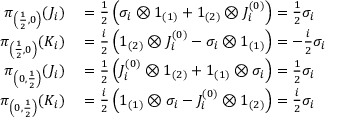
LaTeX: \begin{array} { r l } { \pi _ { \left( { \frac { 1 } { 2 } } , 0 \right) } ( J _ { i } ) } & { { } = { \frac { 1 } { 2 } } \left( \sigma _ { i } \otimes 1 _ { ( 1 ) } + 1 _ { ( 2 ) } \otimes J _ { i } ^ { ( 0 ) } \right) = { \frac { 1 } { 2 } } \sigma _ { i } } \\ { \pi _ { \left( { \frac { 1 } { 2 } } , 0 \right) } ( K _ { i } ) } & { { } = { \frac { i } { 2 } } \left( 1 _ { ( 2 ) } \otimes J _ { i } ^ { ( 0 ) } - \sigma _ { i } \otimes 1 _ { ( 1 ) } \right) = - { \frac { i } { 2 } } \sigma _ { i } } \\ { \pi _ { \left( 0 , { \frac { 1 } { 2 } } \right) } ( J _ { i } ) } & { { } = { \frac { 1 } { 2 } } \left( J _ { i } ^ { ( 0 ) } \otimes 1 _ { ( 2 ) } + 1 _ { ( 1 ) } \otimes \sigma _ { i } \right) = { \frac { 1 } { 2 } } \sigma _ { i } } \\ { \pi _ { \left( 0 , { \frac { 1 } { 2 } } \right) } ( K _ { i } ) } & { { } = { \frac { i } { 2 } } \left( 1 _ { ( 1 ) } \otimes \sigma _ { i } - J _ { i } ^ { ( 0 ) } \otimes 1 _ { ( 2 ) } \right) = { \frac { i } { 2 } } \sigma _ { i } } \end{array}